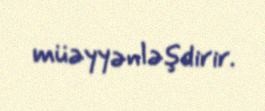
müəyyənləşdirir.